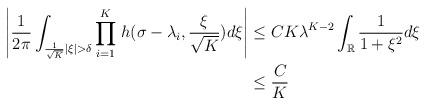
LaTeX: \begin{align*}\left|\frac{1}{2\pi}\int_{\frac{1}{\sqrt{K}}|\xi| > \delta}{\underset{i = 1}{\stackrel{K}{\prod}} h(\sigma - \lambda_i, \frac{\xi}{\sqrt{K}}) d\xi}\right| &\leq C K \lambda^{K-2} \int_{\mathbb{R}}{\frac{1}{1 + \xi^2}d\xi} \\&\leq \frac{C}{K} \end{align*}